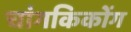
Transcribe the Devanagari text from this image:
चांगकिकोंग